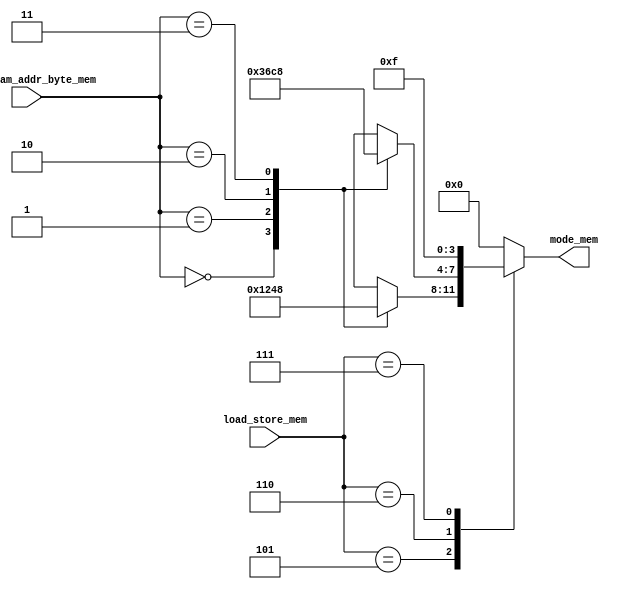
/*
**	
**	RAM4
**	
*/

module dram_mode (
	input 		[2:0]		load_store_mem,
	input 		[1:0]		data_sram_addr_byte_mem,
	
	output reg	[3:0]		mode_mem
);
	
	always @* begin
		case(load_store_mem)
			3'b101: begin	//sb
				case(data_sram_addr_byte_mem)
					2'b00: begin
						mode_mem <= 4'b0001;
					end // 2'b00:
					2'b01: begin
						mode_mem <= 4'b0010;
					end // 2'b01:
					2'b10: begin
						mode_mem <= 4'b0100;
					end // 2'b10:
					2'b11: begin
						mode_mem <= 4'b1000;
					end // 2'b11:
					default :begin
						mode_mem <= 4'b0000;
					end // default :
				endcase
			end // 3'b101:
			3'b110: begin	//sh
				case(data_sram_addr_byte_mem)
					2'b00: begin
						mode_mem <= 4'b0011;
					end
					2'b01: begin
						mode_mem <= 4'b0110;
					end // 2'b01:
					2'b10: begin
						mode_mem <= 4'b1100;
					end // 2'b10:
					2'b11: begin
						mode_mem <= 4'b1000;
					end // 2'b11:
					default :begin
						mode_mem <= 4'b0000;
					end // default :
				endcase
			end // 3'b110:
			3'b111:	begin	//sw
				mode_mem <= 4'b1111;
			end // 3'b111:
			default: begin
				mode_mem <= 4'b0000;
			end
		endcase // load_store_mem
	end // always @(*)
	
endmodule